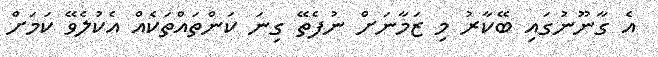
އެ ގާނޫނުގައި ބޭކާރު މި ޒަމާނަށް ނުފެތޭ ގިނަ ކަންތައްތަކެއް އެކުލެވޭ ކަމަށް